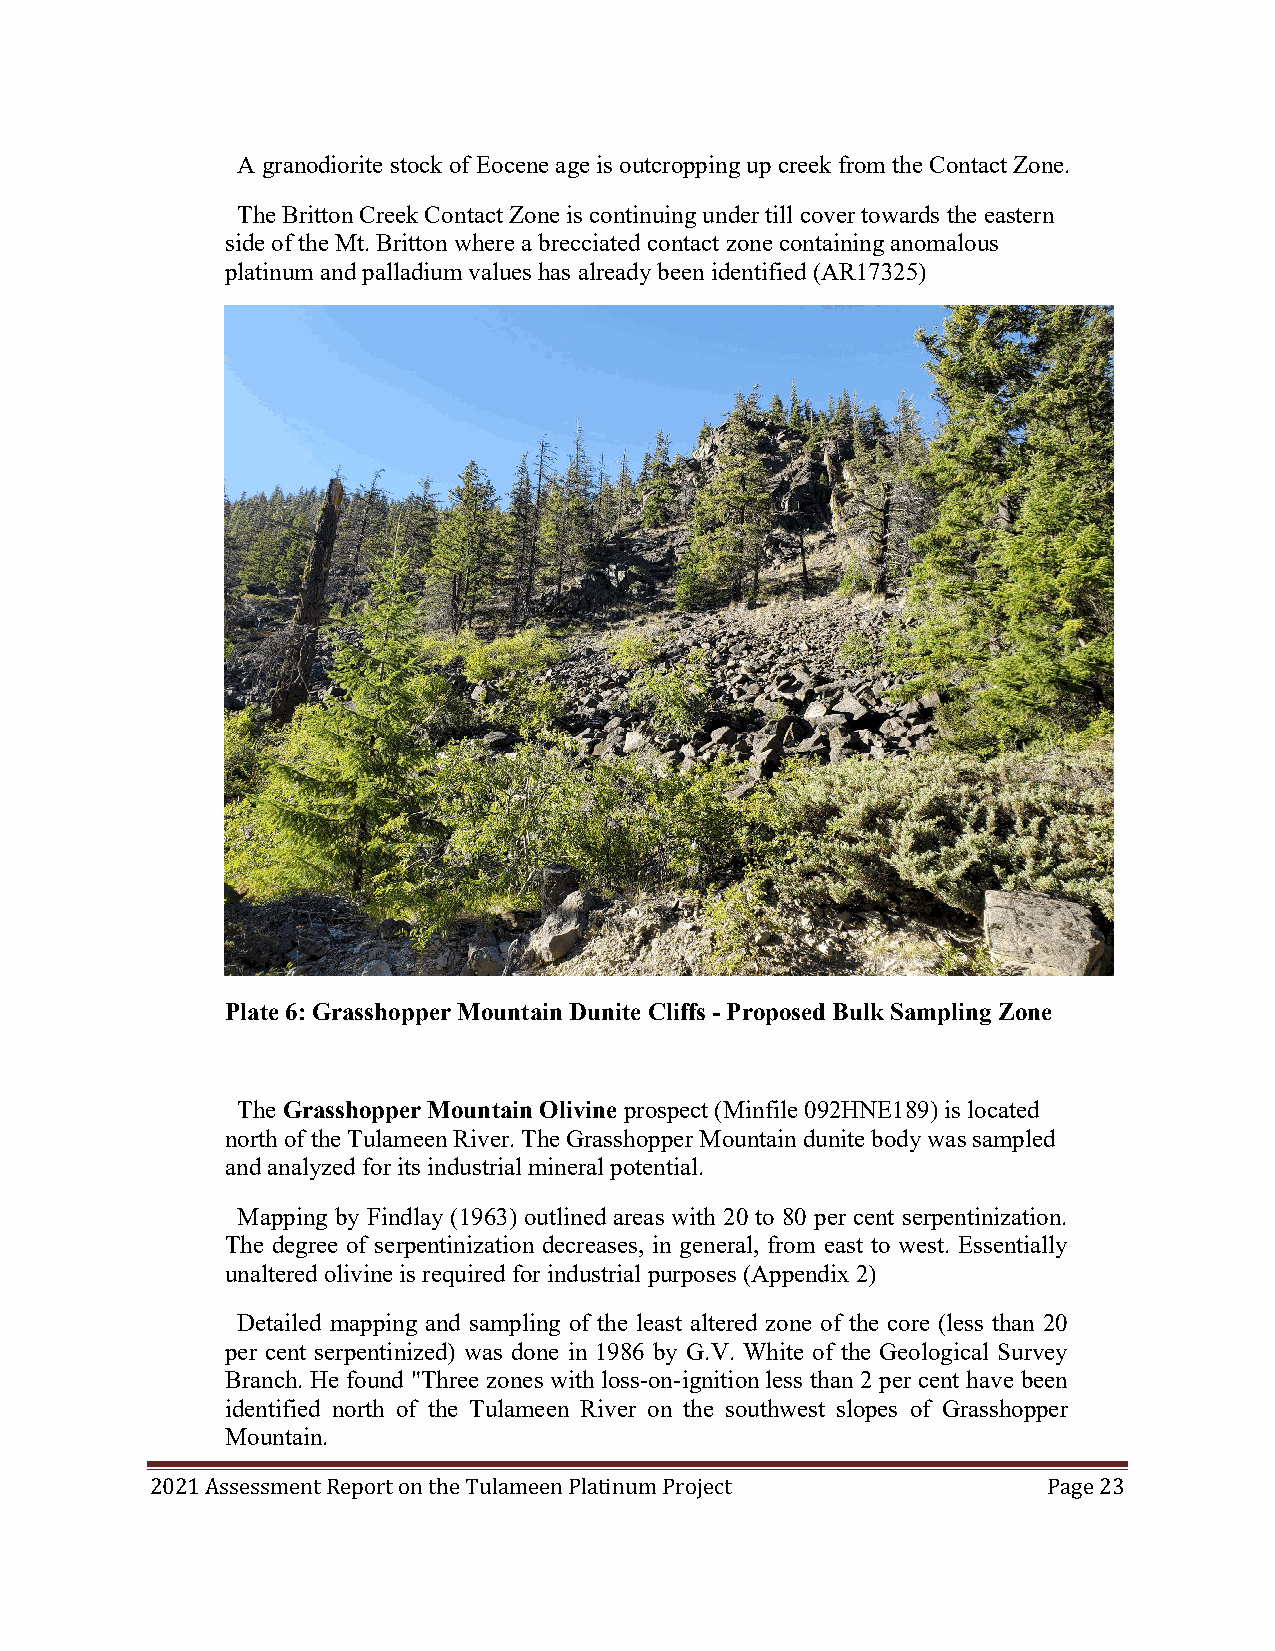
A granodiorite stock of Eocene age is outcropping up creek from the Contact Zone.
 The Britton Creek Contact Zone is continuing under till cover towards the eastern
 side of the Mt. Britton where a brecciated contact zone containing anomalous
 platinum and palladium values has already been identified (AR17325)
 Plate 6: Grasshopper Mountain Dunite Cliffs - Proposed Bulk Sampling Zone
 The Grasshopper Mountain Olivine prospect (Minfile 092HNE189) is located
 north of the Tulameen River. The Grasshopper Mountain dunite body was sampled
 and analyzed for its industrial mineral potential.
 Mapping by Findlay (1963) outlined areas with 20 to 80 per cent serpentinization.
 The degree of serpentinization decreases, in general, from east to west. Essentially
 unaltered olivine is required for industrial purposes (Appendix 2)
 Detailed mapping and sampling of the least altered zone of the core (less than 20
 per cent serpentinized) was done in 1986 by G.V. White of the Geological Survey
 Branch. He found "Three zones with loss-on-ignition less than 2 per cent have been
 identified north of the Tulameen River on the southwest slopes of Grasshopper
 Mountain.
 2021 Assessment Report on the Tulameen Platinum Project    Page 23